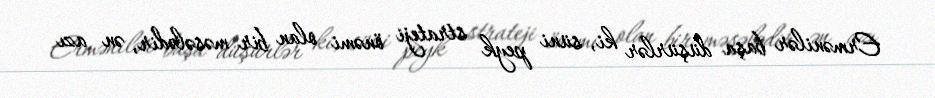
Ermənilər başa düşürlər ki, süni peyk strateji önəmi olan bir məsələdir, ən azı